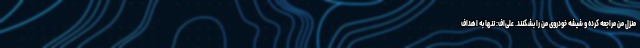
منزل من مراجعه کرده و شیشه خودروی من را بشکنند. علی‌اف: تنها به اهداف